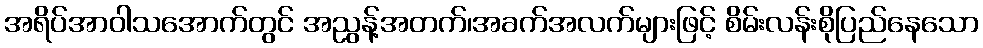
အရိပ်အာဝါသအောက်တွင် အညွန့်အတက်၊အခက်အလက်များဖြင့် စိမ်းလန်းစိုပြည်နေသော